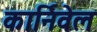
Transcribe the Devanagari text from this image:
कार्निवेल